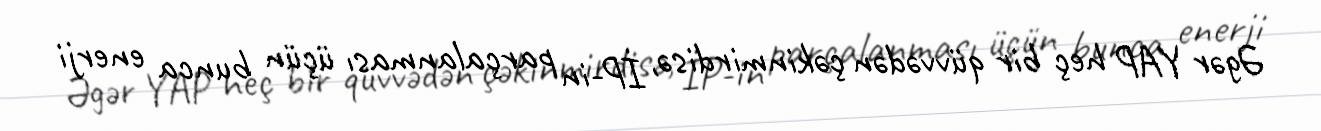
Əgər YAP heç bir qüvvədən çəkinmirdisə, İP-in parçalanması üçün bunca enerji